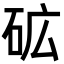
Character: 砿